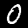
Label: 0